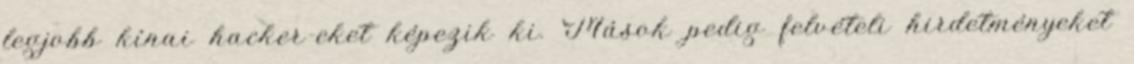
legjobb kínai hacker-eket képezik ki. Mások pedig felvételi hirdetményeket